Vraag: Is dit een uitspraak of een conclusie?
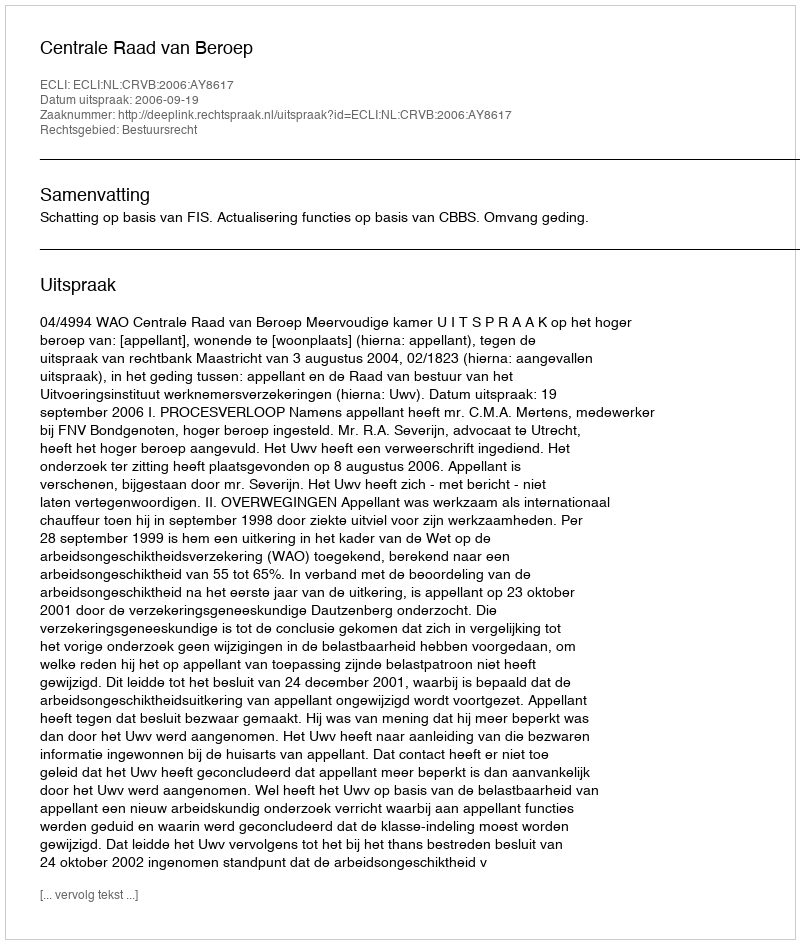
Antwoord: Uitspraak